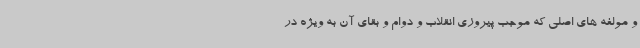
و مولفه های اصلی که موجب پیروزی انقلاب و دوام و بقای آن به ویژه در